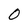
Character: 0